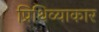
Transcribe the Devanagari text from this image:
प्रिथिव्याकार